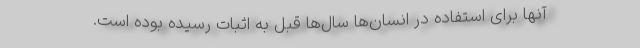
آنها برای استفاده در انسان‌‌ها سال‌‌ها قبل به اثبات رسیده بوده است.